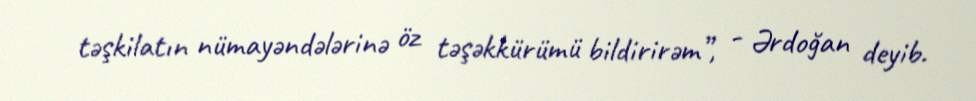
təşkilatın nümayəndələrinə öz təşəkkürümü bildirirəm”, - Ərdoğan deyib.